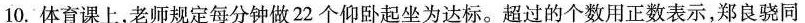
10.体育课上，老师规定每分钟做22个仰卧起坐为达标。超过的个数用正数表示，郑良骁同